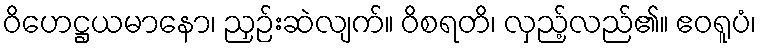
ဝိဟေဋ္ဌယမာနော၊ ညှဉ်းဆဲလျက်။ ဝိစရတိ၊ လှည့်လည်၏။ ဧဝရူပံ၊